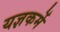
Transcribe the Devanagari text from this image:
यज्ञकर्मे